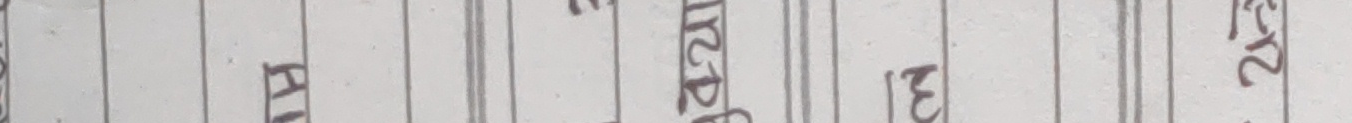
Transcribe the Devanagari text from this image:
आई आरडी२६३
२२